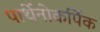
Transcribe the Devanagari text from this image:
पार्थेनोकर्पिक